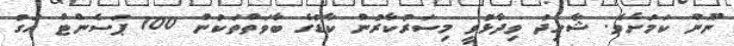
ނޫން ކަމަށެވެ. ޝާހިދު ވިދާޅުވީ މިސަރުކާރުން ކާޑުގެ ބާވަތްތަކުން 100 ޕަސެންޓް އަގު